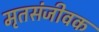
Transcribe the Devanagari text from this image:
मृतसंजीवक